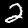
Digit: 2